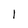
Character: 1